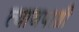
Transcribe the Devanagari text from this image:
त्याजपाशी